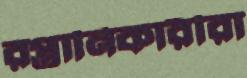
রপ্তানিকারীরা